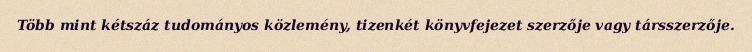
Több mint kétszáz tudományos közlemény, tizenkét könyvfejezet szerzője vagy társszerzője.